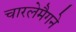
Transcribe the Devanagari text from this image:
चारलेमैगने